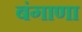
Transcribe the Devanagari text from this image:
बंगाणा